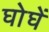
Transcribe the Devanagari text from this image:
घोघें